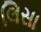
લિસા